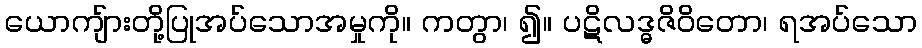
ယောကျ်ားတို့ပြုအပ်သောအမှုကို။ ကတွာ၊ ၍။ ပဋိလဒ္ဓဇိဝိတော၊ ရအပ်သော